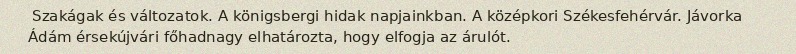
Szakágak és változatok. A königsbergi hidak napjainkban. A középkori Székesfehérvár. Jávorka Ádám érsekújvári főhadnagy elhatározta, hogy elfogja az árulót.